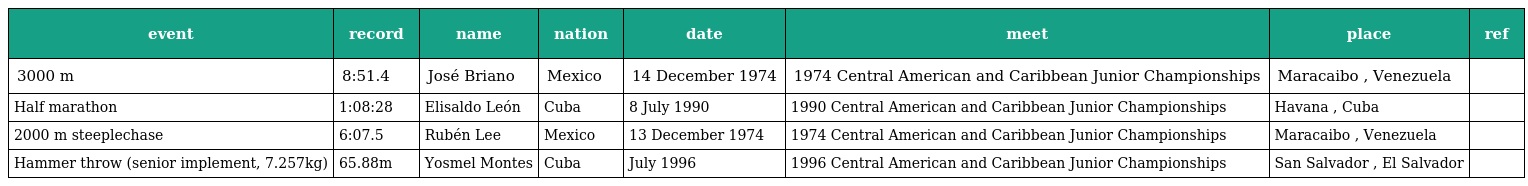
| event | record | name | nation | date | meet | place | ref |
 | --- | --- | --- | --- | --- | --- | --- | --- |
 | 3000 m | 8:51.4 | José Briano | Mexico | 14 December 1974 | 1974 Central American and Caribbean Junior Championships | Maracaibo , Venezuela |  |
 | Half marathon | 1:08:28 | Elisaldo León | Cuba | 8 July 1990 | 1990 Central American and Caribbean Junior Championships | Havana , Cuba |  |
 | 2000 m steeplechase | 6:07.5 | Rubén Lee | Mexico | 13 December 1974 | 1974 Central American and Caribbean Junior Championships | Maracaibo , Venezuela |  |
 | Hammer throw (senior implement, 7.257kg) | 65.88m | Yosmel Montes | Cuba | July 1996 | 1996 Central American and Caribbean Junior Championships | San Salvador , El Salvador |  |